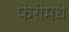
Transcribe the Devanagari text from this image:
फेरीमधे